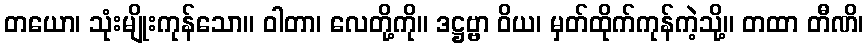
တယော၊ သုံးမျိုးကုန်သော။ ဝါတာ၊ လေတို့ကို။ ဒဋ္ဌဗ္ဗာ ဝိယ၊ မှတ်ထိုက်ကုန်ကဲ့သို့။ တထာ တီဏိ၊